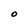
Character: O